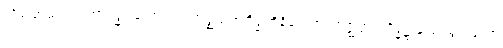
သိမ်းဆည်း၍။ အာရဒ္ဓါ၊ သော။ ပ။ အဇ္ဈတ္တဗဟိဒ္ဓါဘိနိဝေသာ၊ အဇ္ဈတ္တဗဟိဒ္ဓ၌ နှလုံးသွင်းသော